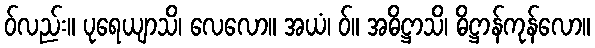
ဝ်လည်း။ ပုရေယျာသိ၊ လေလော။ အယံ၊ ဝ်။ အဓိဋ္ဌာသိ၊ ဓိဋ္ဌာန်ကုန်လော။